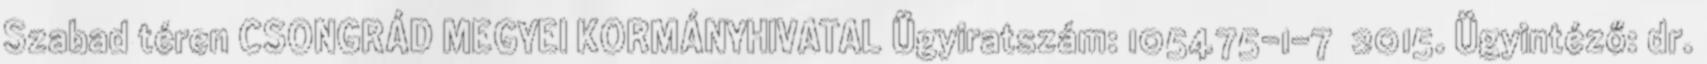
Szabad téren CSONGRÁD MEGYEI KORMÁNYHIVATAL Ügyiratszám: 105475-1-7 2015. Ügyintéző: dr.